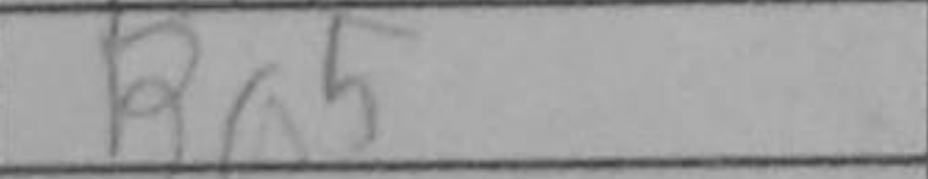
Transcription: Ba5